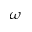
\omega